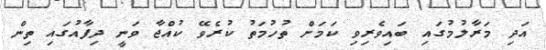
އަދި މަރާލުމުގައި ބައިވެރިވި ކަމަށް ތުހުމަތު ކުރެވޭ ކުއްޖާ ވަނީ ދިފާއުގައި ތިން